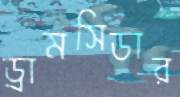
ড্রামসিডার